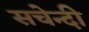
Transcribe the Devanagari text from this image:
सचेन्दी